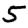
Digit: 5